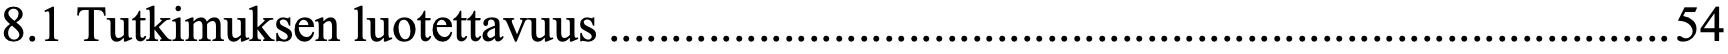
8.1 Tutkimuksen luotettavuus ..................................................................................... 54